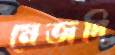
মেজদি